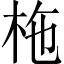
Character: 柂